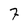
Character: 7